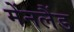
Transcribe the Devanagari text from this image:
मेंनलैंड